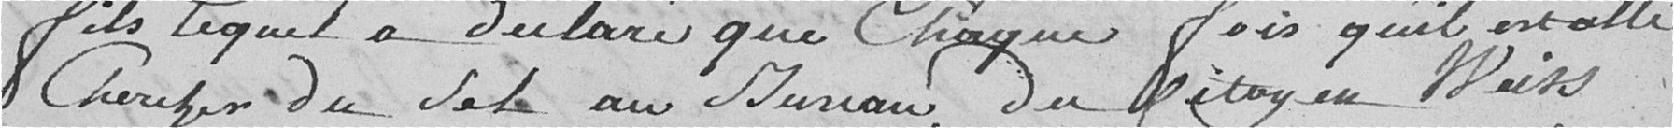
fils lequel a déclaré que chaque fois qu'il est allé chercher du sel au bureau du citoyen Weiss